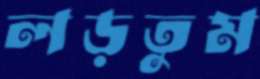
লড়তুম